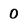
Character: 0